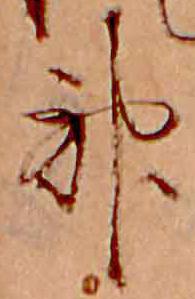
神